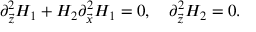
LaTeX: \partial _ { \vec { z } } ^ { 2 } H _ { 1 } + H _ { 2 } \partial _ { \vec { x } } ^ { 2 } H _ { 1 } = 0 , \ \ \ \partial _ { \vec { z } } ^ { 2 } H _ { 2 } = 0 .